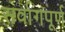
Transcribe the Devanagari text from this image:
सर्वागपूर्ण